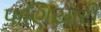
પાણિયારી